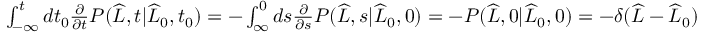
\begin{array} { r } { \int _ { - \infty } ^ { t } d t _ { 0 } \frac { \partial } { \partial t } P ( \widehat { L } , t | \widehat { L } _ { 0 } , t _ { 0 } ) = - \int _ { \infty } ^ { 0 } d s \frac { \partial } { \partial s } P ( \widehat { L } , s | \widehat { L } _ { 0 } , 0 ) = - P ( \widehat { L } , 0 | \widehat { L } _ { 0 } , 0 ) = - \delta ( \widehat { L } - \widehat { L } _ { 0 } ) } \end{array}